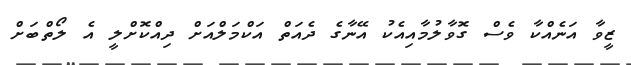
ޒީވާ އަނެއްކާ ވެސް ގޮވާލުމާއިއެކު އޭނާގެ ދެއަތް އަކްމަލްއަށް ދިއްކޮށްލީ އެ ލޯތްބަށް